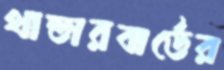
থান্ডারবার্ডের